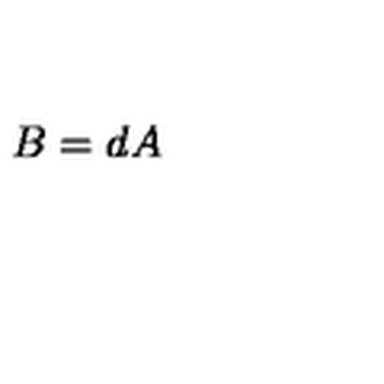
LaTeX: B = d A